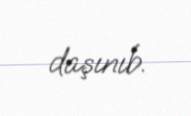
daşınıb.